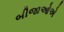
બીજાઓએ